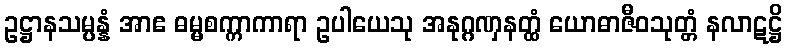
ဥဋ္ဌာနသမ္ပန္နံ အာဧ ဓမ္မစက္ကာကာရာ ဥပါယေသု အနုဂ္ဂဏှနတ္ထံ ယောဓာဇီဝသုတ္တံ နလာဋဋ္ဌိ